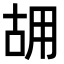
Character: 𠳫